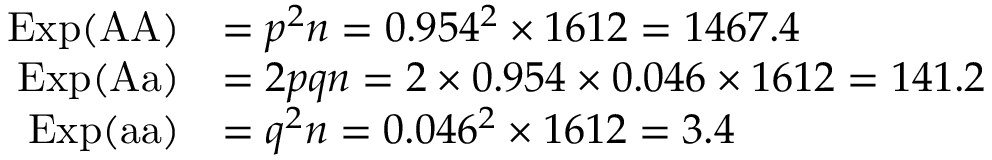
{ \begin{array} { r l } { \mathrm { E x p } ( { \mathrm { A A } } ) } & { = p ^ { 2 } n = 0 . 9 5 4 ^ { 2 } \times 1 6 1 2 = 1 4 6 7 . 4 } \\ { \mathrm { E x p } ( { \mathrm { A a } } ) } & { = 2 p q n = 2 \times 0 . 9 5 4 \times 0 . 0 4 6 \times 1 6 1 2 = 1 4 1 . 2 } \\ { \mathrm { E x p } ( { \mathrm { a a } } ) } & { = q ^ { 2 } n = 0 . 0 4 6 ^ { 2 } \times 1 6 1 2 = 3 . 4 } \end{array} }